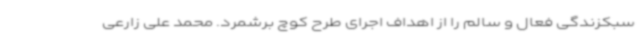
سبکزندگی فعال و سالم را از اهداف اجرای طرح کوچ برشمرد. محمد علی زارعی